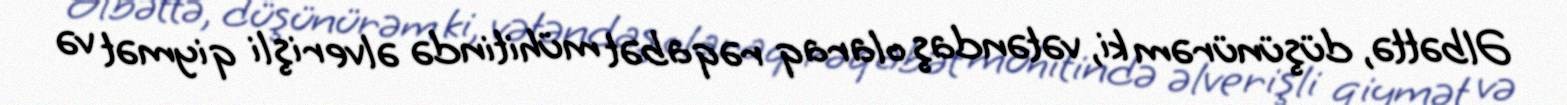
Əlbəttə, düşünürəm ki, vətəndaş olaraq rəqabət mühitində əlverişli qiymət və